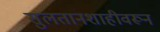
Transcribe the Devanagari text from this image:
सुलतानशाहीवरून